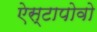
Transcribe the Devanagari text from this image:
ऐस्टापोवो